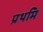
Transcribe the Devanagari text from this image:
प्रथमि